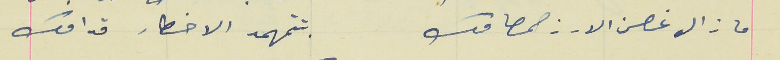
ما زال غصن الارز صمامك                                   بتتمهمد الاخطار قدامك